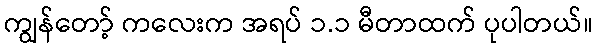
ကျွန်တော့် ကလေးက အရပ် ၁.၁ မီတာထက် ပုပါတယ်။